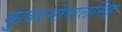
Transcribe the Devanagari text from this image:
कुंवरगोपालसिंह